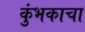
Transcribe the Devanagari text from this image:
कुंभकाचा